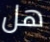
هل